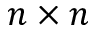
n \times n